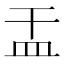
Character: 㿻